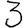
Digit: 3